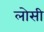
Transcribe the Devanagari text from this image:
लोसी